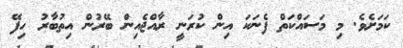
ކަމަށެވެ. މި މަސައްކަތް ފެނަކަ އިން ކުރަނީ ރާއްޖެއިން ބޭރުން އިތުބާރު ހިފޭ